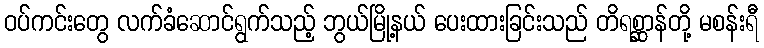
ဝပ်ကင်းတွေ လက်ခံဆောင်ရွက်သည့် ဘွယ်မြို့နယ် ပေးထားခြင်းသည် တိရစ္ဆာန်တို့ မစန်းရီ